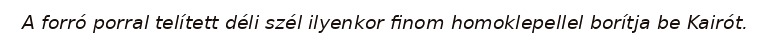
A forró porral telített déli szél ilyenkor finom homoklepellel borítja be Kairót.